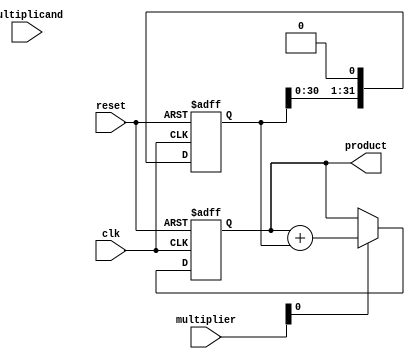
module shift_and_add_multiplier(
    input wire clk,
    input wire reset,
    input wire [31:0] multiplicand,
    input wire [31:0] multiplier,
    output wire [63:0] product
);

reg [63:0] product_reg;
reg [31:0] multiplicand_reg;

always @(posedge clk or posedge reset) begin
    if (reset) begin
        product_reg <= 64'b0;
        multiplicand_reg <= 32'b0;
    end else begin
        multiplicand_reg <= multiplicand_reg << 1;
        if (multiplier[0] == 1'b1) begin
            product_reg <= product_reg + multiplicand_reg;
        end
    end
end

always @(*) begin
    product = product_reg;
end

endmodule